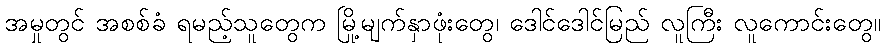
အမှုတွင် အစစ်ခံ ရမည့်သူတွေက မြို့မျက်နှာဖုံးတွေ၊ ဒေါင်ဒေါင်မြည် လူကြီး လူကောင်းတွေ။